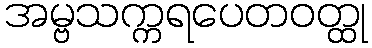
အမ္ဗသက္ကရပေတဝတ္ထု